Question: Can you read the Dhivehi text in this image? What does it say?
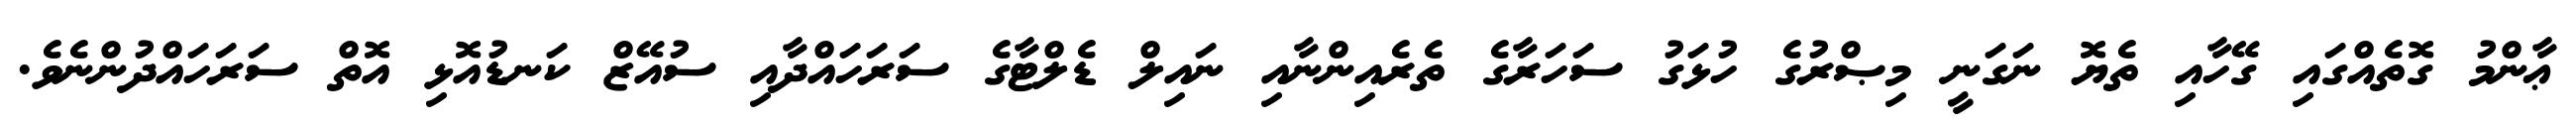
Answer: ޢާންމު ގޮތެއްގައި ގޭހާއި ތެޔޮ ނަގަނީ މިޞްރުގެ ހުޅަގު ސަހަރާގެ ތެރެއިންނާއި ނައިލް ޑެލްޓާގެ ސަރަހައްދާއި ސުއޭޒް ކަނޑުއޮޅި އޮތް ސަރަހައްދުންނެވެ.